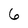
Character: 6